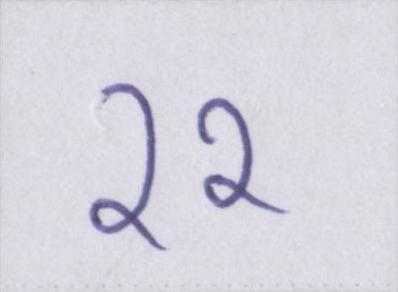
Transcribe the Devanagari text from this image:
११